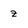
Character: z